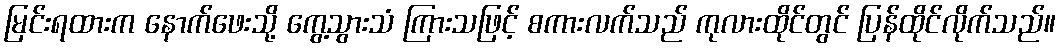
မြင်းရထားက နောက်ဖေးသို့ ကွေ့သွားသံ ကြားသဖြင့် စကားလက်သည် ကုလားထိုင်တွင် ပြန်ထိုင်လိုက်သည်။